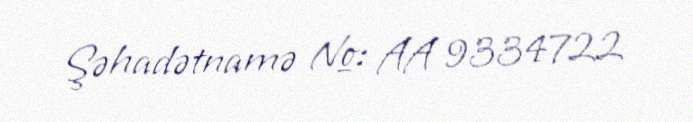
Şəhadətnamə №: AA 9334722